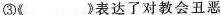
③《___》表达了对教会丑恶